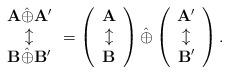
LaTeX: \begin{align*}\begin{array}{c}\mathbf A\hat\oplus\mathbf A'\\\updownarrow\\\mathbf B\hat\oplus\mathbf B'\\\end{array}=\left(\begin{array}{c}\mathbf A\\\updownarrow\\\mathbf B\end{array}\right)\hat\oplus\left(\begin{array}{c}\mathbf A'\\\updownarrow\\\mathbf B'\end{array}\right).\end{align*}